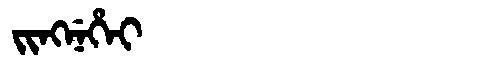
Manchu: ᠵᡳᠩᠨᡝᡥᡝᡳ
Romanization: JINGNEHEI